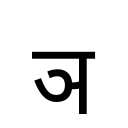
OCR:
ञ